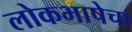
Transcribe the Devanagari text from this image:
लोकभाषेचा